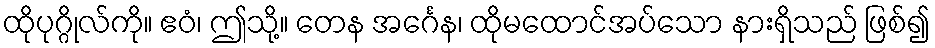
ထိုပုဂ္ဂိုလ်ကို။ ဧဝံ၊ ဤသို့။ တေန အင်္ဂေန၊ ထိုမထောင်အပ်သော နားရှိသည် ဖြစ်၍